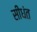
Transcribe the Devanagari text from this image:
सीधंत